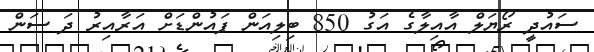
ސައުދީ ރޯޔަލް އާއިލާގެ އަގު 850 ބިލިއަން ޕައުންޑަށް އަރާއިރު ދަ ސަން